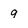
Character: 9